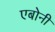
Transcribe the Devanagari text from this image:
एबोनी